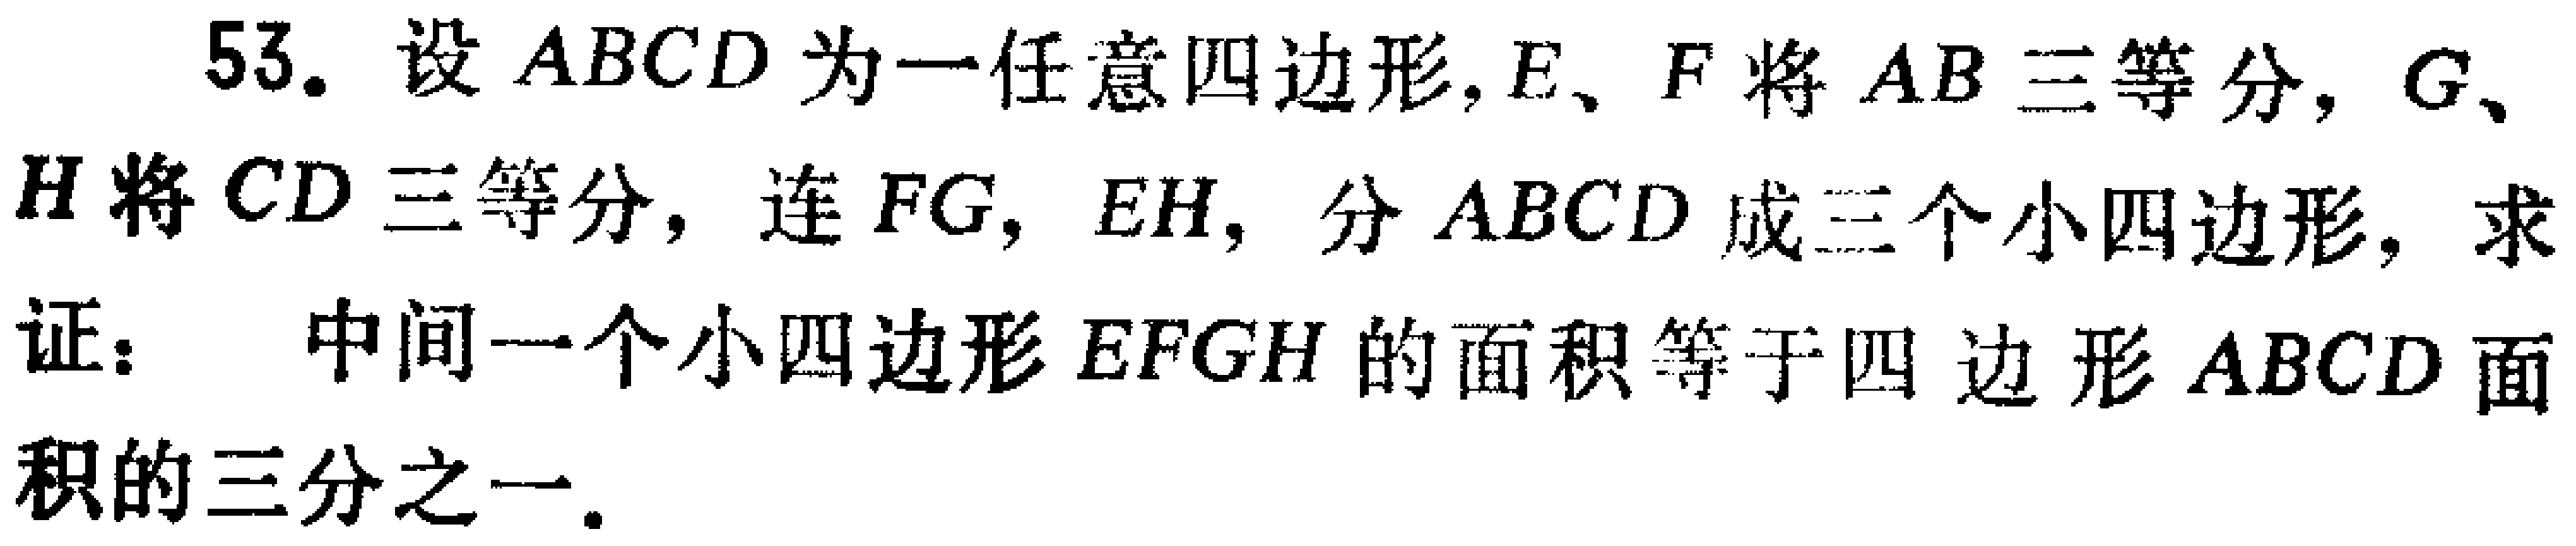
53. 设 \(ABCD\) 为一任意四边形，\(E\)、\(F\) 将 \(AB\) 三等分，\(G\)、\(H\) 将 \(CD\) 三等分，连 \(FG\)，\(EH\)，分 \(ABCD\) 成三个小四边形，求证： 中间一个小四边形 \(EFGH\) 的面积等于四边形 \(ABCD\) 面积的三分之一。